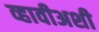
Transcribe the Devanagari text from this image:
व्हावीअशी